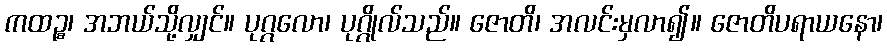
ကထဉ္စ၊ အဘယ်သို့လျှင်။ ပုဂ္ဂလော၊ ပုဂ္ဂိုလ်သည်။ ဇောတိ၊ အလင်းမှလာ၍။ ဇောတိပရာယနော၊